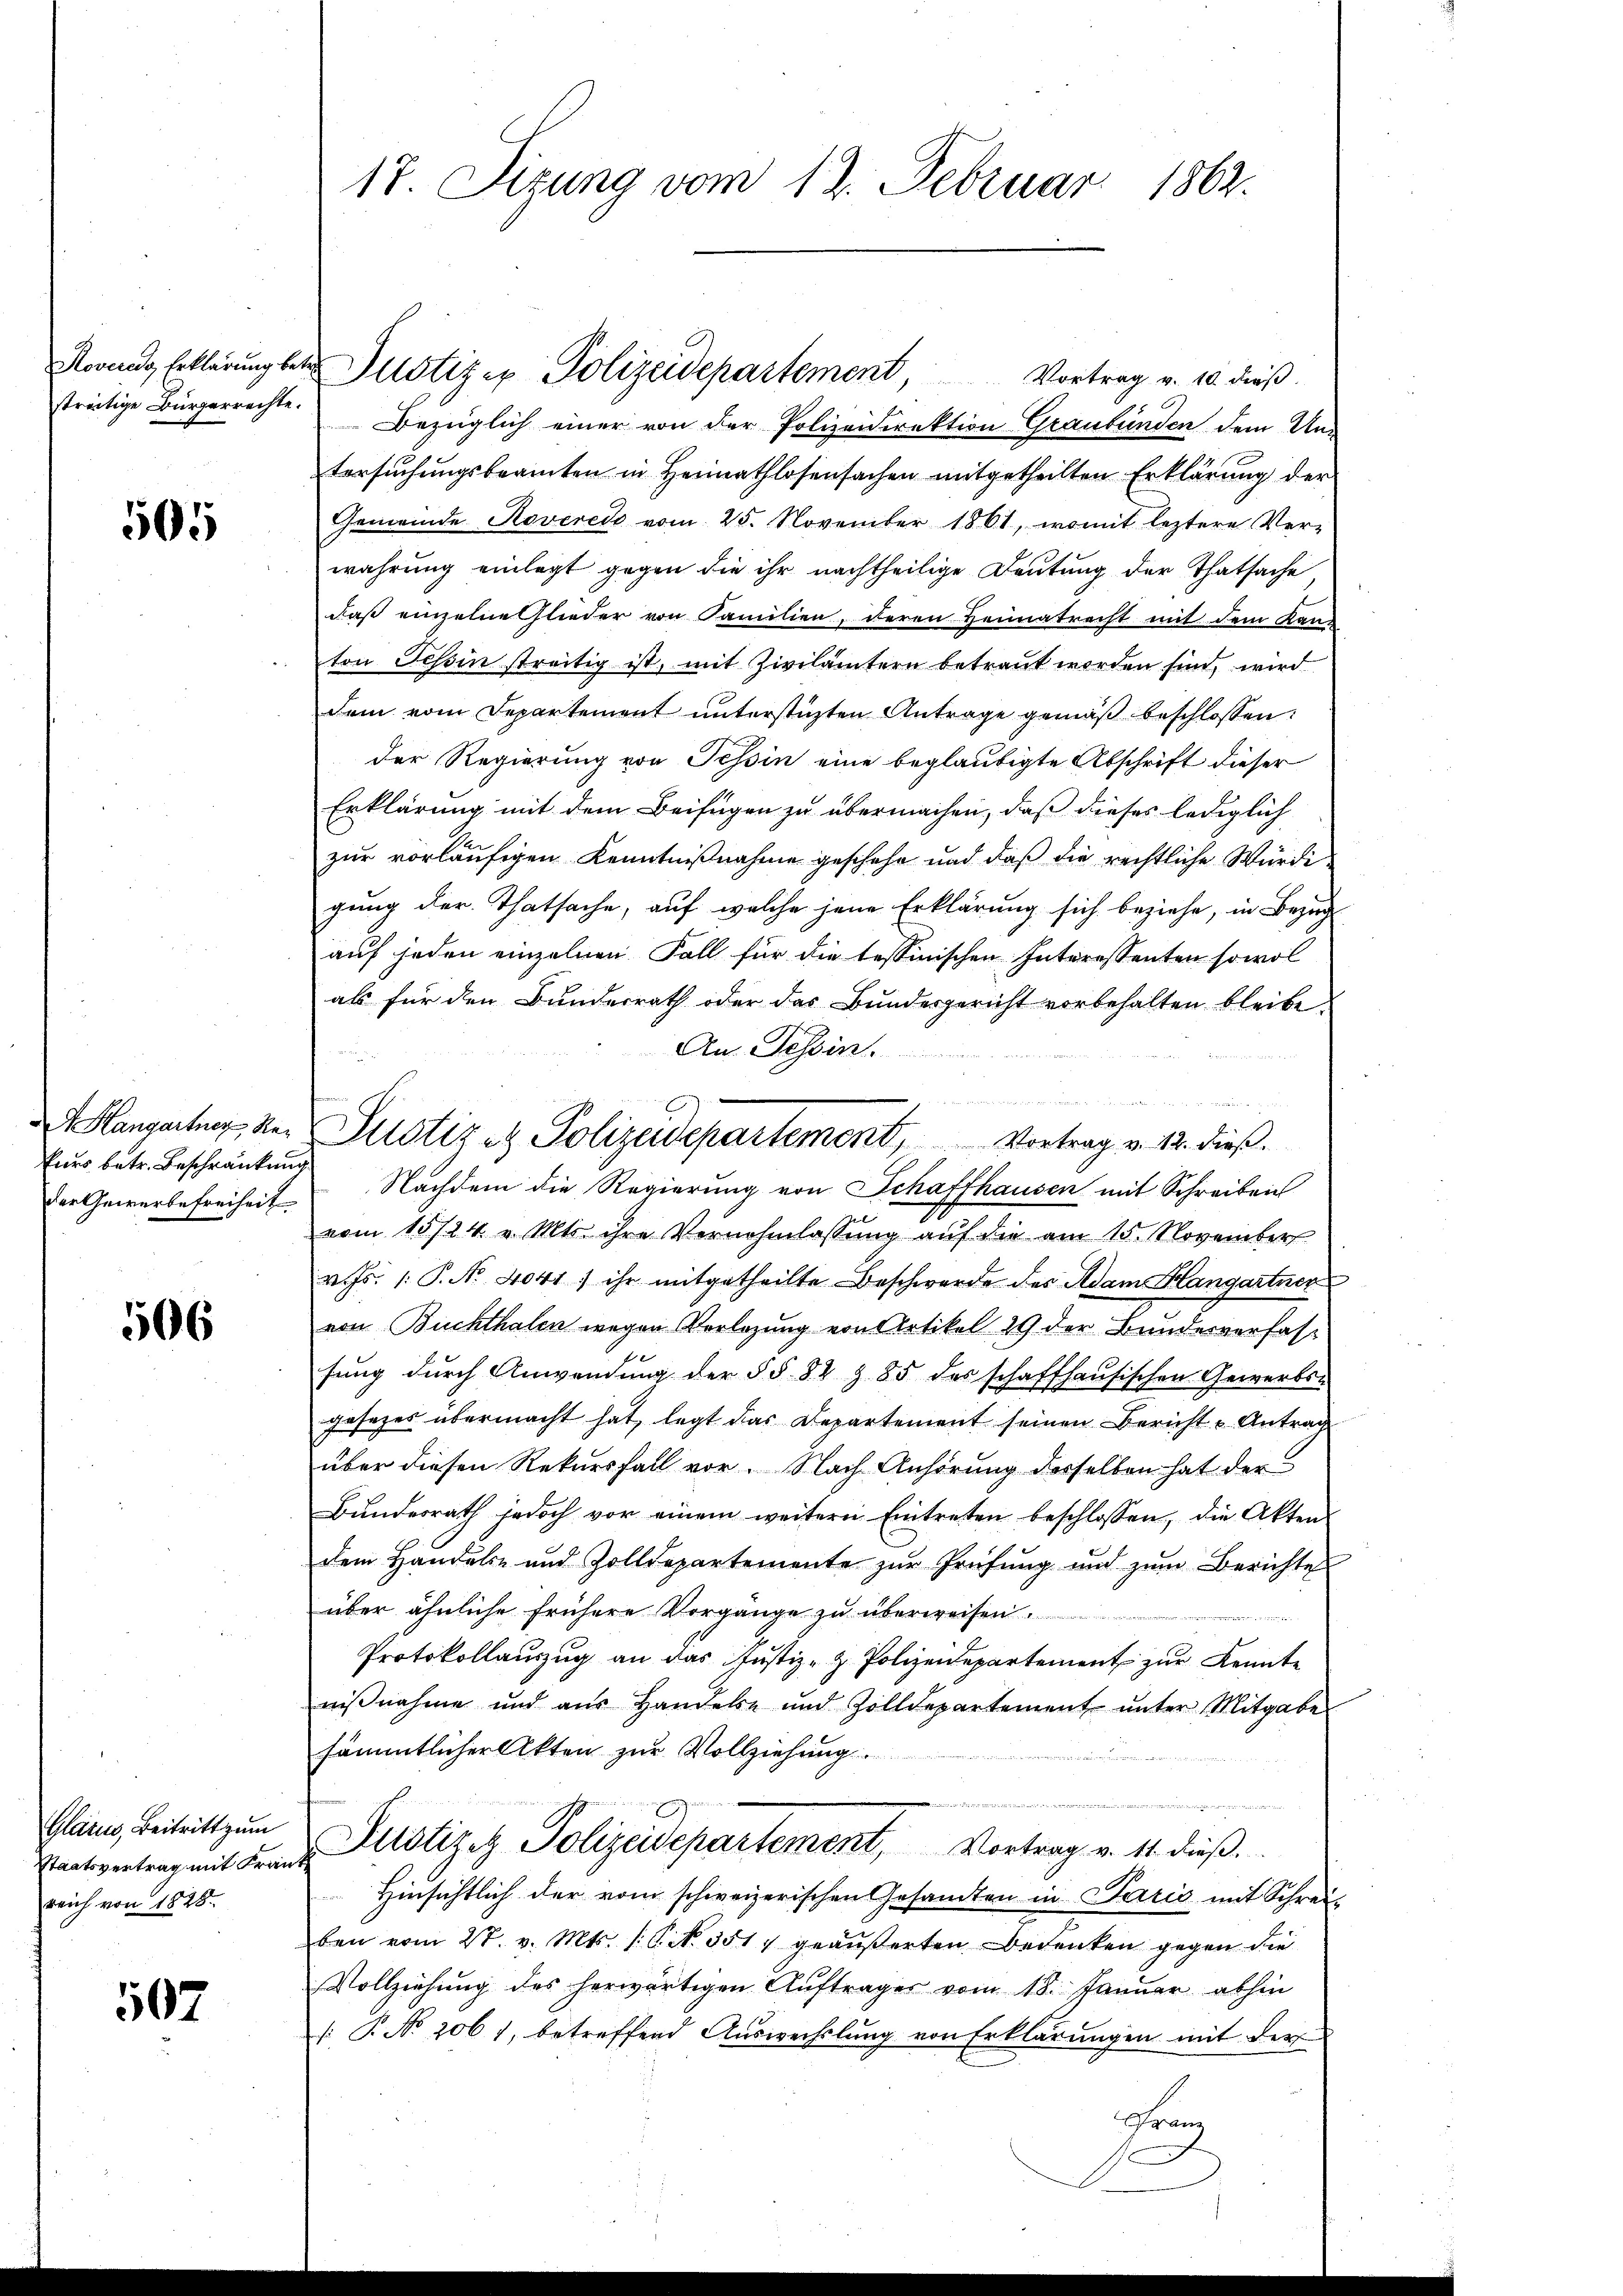
505

kurs betr. Beschränkung
der Gewerbefreiheit

506

Glarus, Beitritt zum
Staatsvertrag mit Frau
reich von 1828.

507

17. Sizung vom 12. Februar 1862.

streitige Bürgerrechte. Bezüglich einer von der Polizeidirektion Graubünden dem Un-
tersuchungsbeamten in Heimathlosensachen mitgetheilten Erklärung der
Gemeinde Rovereis vom 25. November 1861, womit leztere Ver-
wahrung einlegt gegen die ihr nachtheilige Deutung der Thatsache
daß einzelne Glieder von Familien, deren Heimatrecht mit dem Land
ton Schin streitig ist, mit Zivilämtern betraut worden sind, wird
dem vom Departement unterstüzten Antrage gemäß beschlossen:
der Regierung von Tessin eine beglaubigte Abschrift dieser
Erklärung mit dem Beifügen zu übermachen, daß dieses lediglich
zur vorläufigen Kenntnißnahme geschehe und daß die rechtliche Würdi
gung der Thatsache, auf welche jene Erklärung sich beziehe, in Bezug
auf jeden einzelnen Fall für die tessinischen Interessenten sowol
als für den Bundesrath oder das Bundesgericht vorbehalten bleibe
An. Tessin.

 Nachdem die Regierŭng von Schaffhausen mit Schreiben
vom 15724. v. Mts. ihre Vernehmlassŭng aŭf die am 15. November
v. Js. 1. P. Nr. 4041) ihr mitgetheilte Beschwerde des Adam Hangartner
von Buchthalen wegen Verlegung von Artikel 29 der Bundesverfasfŭng dŭrch Anwendŭng der §§ 82 § 85 des schaffhausischen Gewerbs-
gesetzes übermacht hat, legt das Departement seinen Bericht u Antrag
über diesen Rekursfall vor. Nach Anhörung desselben hat der
Bŭndesrath jedoch vor einem weitern Eintreten beschlossen, die Akten
dem Handels- und Zolldepartemente zŭr Prüfŭng und zŭm Berichtes
über ähnliche frühere Vorgänge zu überweisen.
nte eine
Protokollauszug an das Justiz- & Polizeidepartement zur Kennte
niβnahme und aŭs Handeln und Zolldepartement ŭnter Mitgabe
sämmtlicher Akten zur Vollziehung.
Justizit Polizeidepartement, Vortrag v. 11. dieß.
Hinsichtlich der vom schweizerischen Gesamten in Paris mit Schreiben vom 27. v. Mts. (: P. No. 3517 geäußerten Bedenken gegen die
Vollziehŭng des herwärtigen Aŭftrager vom 18. Janŭar abhin
s: P. No 2061, betreffend Auswechslung von Erklärungen mit der
Franz

Hangartner, der Justiz et Polizeidepartement, Vortrag v. 12. dieß.

Rovens Erklärŭng betr. Justizer Polizeidepartement, Vortrag v. 10. dieβ.